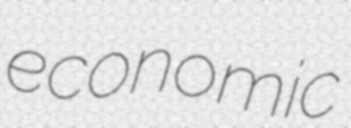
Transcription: economic